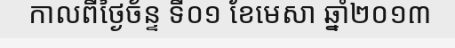
កាលពីថ្ងៃច័ន្ទ ទី០១ ខែមេសា ឆ្នាំ២០១៣